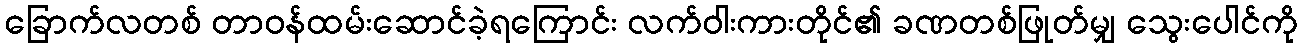
ခြောက်လတစ် တာဝန်ထမ်းဆောင်ခဲ့ရကြောင်း လက်ဝါးကားတိုင်၏ ခဏတစ်ဖြုတ်မျှ သွေးပေါင်ကို